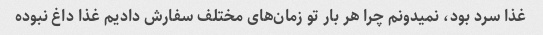
غذا سرد بود، نمیدونم چرا هر بار تو زمان‌های مختلف سفارش دادیم غذا داغ نبوده